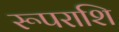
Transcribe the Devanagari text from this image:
रूपराशि